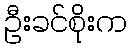
ဦးခင်စိုးက